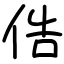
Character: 俈